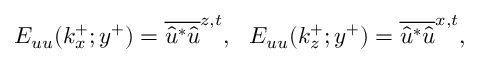
\begin{array} { r } { E _ { u u } ( k _ { x } ^ { + } ; y ^ { + } ) = \overline { { { \hat { u } } ^ { \ast } \hat { u } } } ^ { z , t } , ~ ~ E _ { u u } ( k _ { z } ^ { + } ; y ^ { + } ) = \overline { { { \hat { u } } ^ { \ast } \hat { u } } } ^ { x , t } , } \end{array}